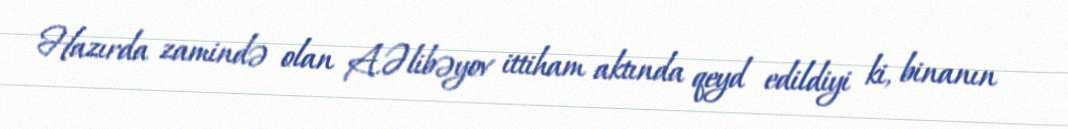
Hazırda zamində olan A.Əlibəyov ittiham aktında qeyd edildiyi ki, binanın